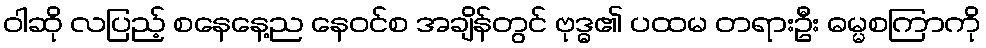
ဝါဆို လပြည့် စနေနေ့ည နေဝင်စ အချိန်တွင် ဗုဒ္ဓ၏ ပထမ တရားဦး ဓမ္မစကြာကို